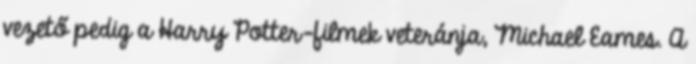
vezető pedig a Harry Potter-filmek veteránja, Michael Eames. A